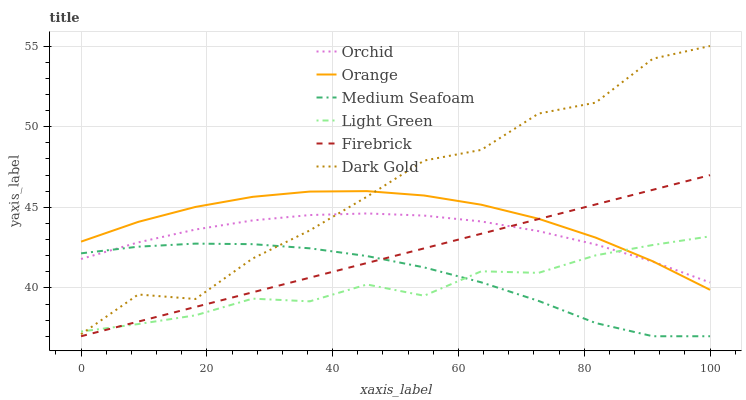
| xaxis_label | Orchid | Orange | Medium Seafoam | Light Green | Firebrick | Dark Gold |
 | --- | --- | --- | --- | --- | --- | --- |
 | 0 | 41.8 | 42.9 | 42.1 | 37.3 | 37 | 37.1 |
 | 9.09 | 42.8 | 44.1 | 42.6 | 37.8 | 37.9 | 39.6 |
 | 18.2 | 43.6 | 45 | 42.7 | 38.3 | 38.8 | 39.3 |
 | 27.3 | 44.2 | 45.6 | 42.7 | 39.3 | 39.7 | 41.8 |
 | 36.4 | 44.5 | 46 | 42.5 | 39.2 | 40.6 | 43.6 |
 | 45.5 | 44.6 | 46 | 42 | 40.2 | 41.5 | 45.7 |
 | 54.5 | 44.5 | 45.7 | 41.3 | 39.5 | 42.5 | 47.9 |
 | 63.6 | 44.1 | 45.2 | 40.3 | 41 | 43.4 | 48.6 |
 | 72.7 | 43.5 | 44.3 | 39.2 | 40.9 | 44.3 | 50.8 |
 | 81.8 | 42.7 | 43.1 | 37.8 | 42 | 45.2 | 51.5 |
 | 90.9 | 41.6 | 41.6 | 37 | 42.7 | 46.1 | 54.2 |
 | 100 | 40.3 | 39.9 | 37 | 43.2 | 47 | 55 |